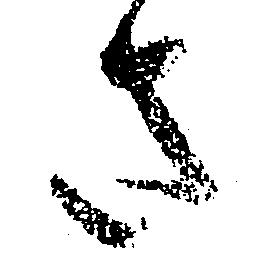
さ